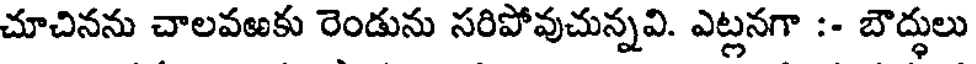
చూచినను చాలవఱకు రెండును సరిపోవుచున్నవి. ఎట్లనగా :- బౌద్ధులు